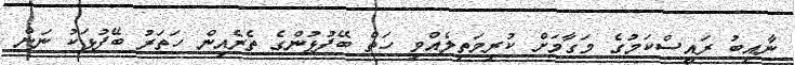
ނާއިބު ރައީސްކަމުގެ މަގާމަށް ކުރިމަތިލެއްވި ހަތް ބޭފުޅުންގެ ތެރެއިން ހަތަރު ބޭފުޅަކު ނަން